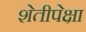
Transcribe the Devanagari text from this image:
शेतीपेक्षा